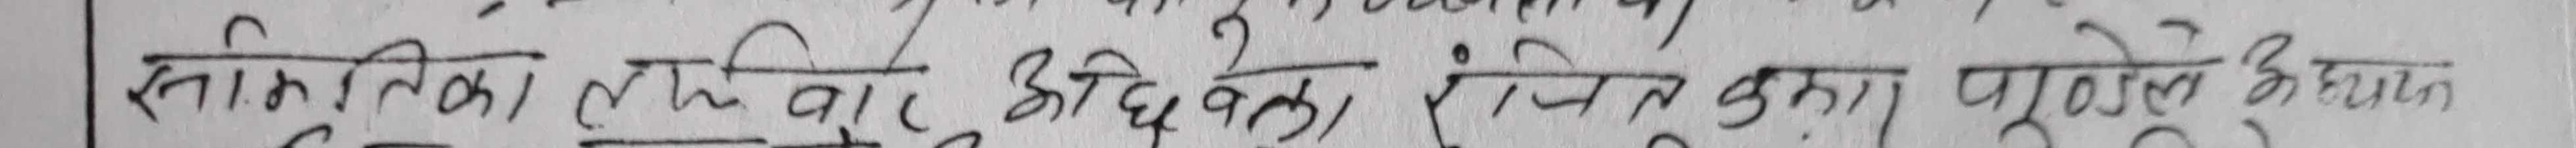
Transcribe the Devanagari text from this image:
सांख्यिका लहिवार अधिवक्ता रंगिन कथा पूर्णोले ह्यन्